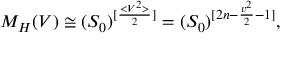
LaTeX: M _ { H } ( V ) \cong ( S _ { 0 } ) ^ { [ \frac { < V ^ { 2 } > } { 2 } ] } = ( S _ { 0 } ) ^ { [ 2 n - \frac { v ^ { 2 } } { 2 } - 1 ] } ,